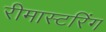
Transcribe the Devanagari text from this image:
रीमास्टरिंग